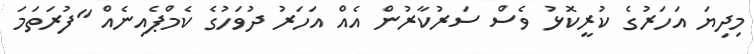
މިދިޔަ އަހަރުގެ ކުރީކޮޅު ވެސް ސަރުކާރުން އެއް އަހަރު ދުވަހުގެ ކެމްޕެއިނެއް "ފުރަތަމަ